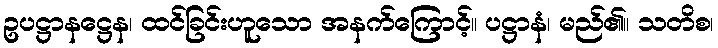
ဥပဋ္ဌာနဋ္ဌေန၊ ထင်ခြင်းဟူသော အနက်ကြောင့်။ ပဋ္ဌာနံ၊ မည်၏။ သတိစ၊